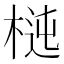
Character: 𣔝